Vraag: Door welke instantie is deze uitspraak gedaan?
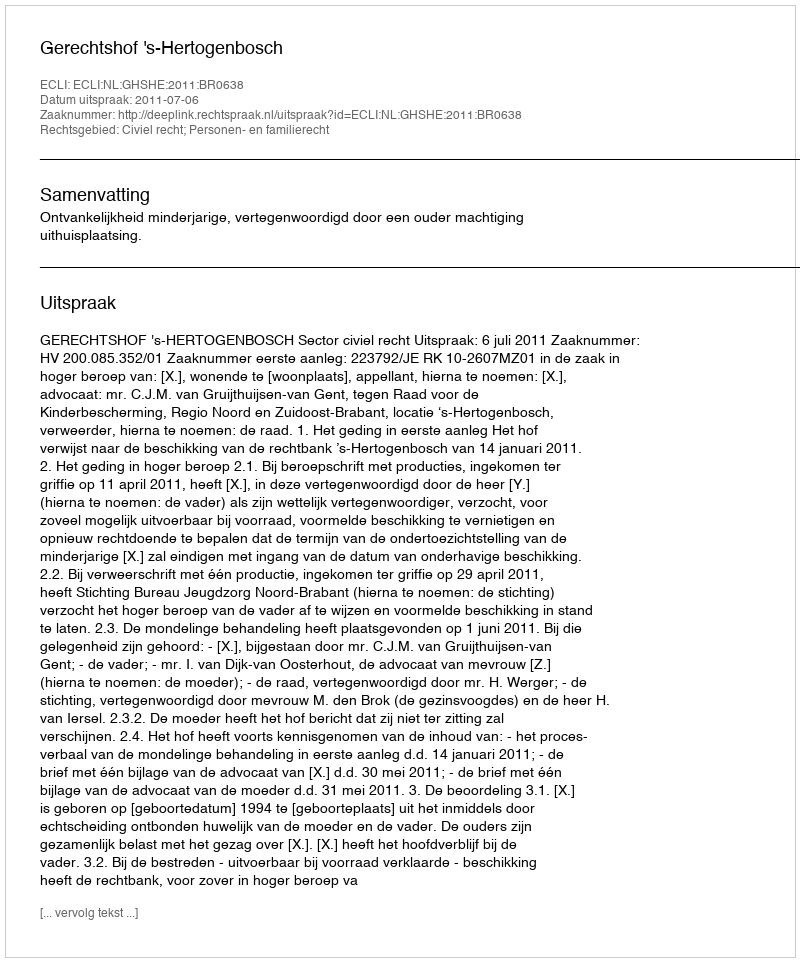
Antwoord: Gerechtshof 's-Hertogenbosch